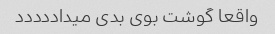
واقعا گوشت بوی بدی میداددددد